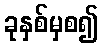
ခုနှစ်မှစ၍